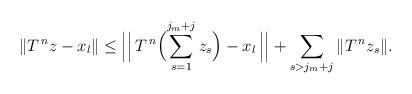
LaTeX: \begin{align*} \|T^{\,n}z-x_{l}\|\le \Bigl|\Bigl|\, T^{\,n}\Bigl(\sum_{s=1}^{j_{m}+j}z_{s} \Bigr)-x_{l}\,\Bigr| \Bigr|+\sum_{s>j_{m}+j}\|T^{\,n}z_{s}\|.\end{align*}